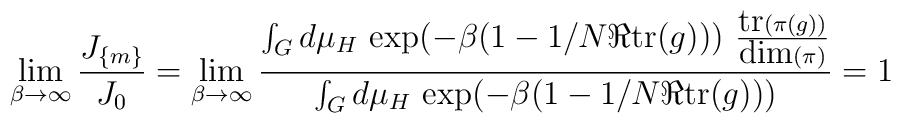
\lim_{\beta\to\infty} \frac{J_{\{m\}}}{J_0}=\lim_{\beta\to\infty}\frac{\int_G d\mu_H\, \exp(-\beta (1-1/N\Re\mbox{tr}(g)))\,\, \frac{\mbox{tr}(\pi(g))}{\mbox{dim}(\pi)}}{\int_G d\mu_H \,\exp(-\beta(1-1/N\Re\mbox{tr}(g)))}=1